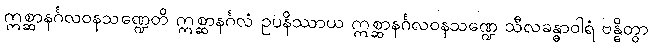
ဣစ္ဆာနင်္ဂလဝနသဏ္ဍေတိ ဣစ္ဆာနင်္ဂလံ ဥပနိဿာယ ဣစ္ဆာနင်္ဂလဝနသဏ္ဍေ သီလခန္ဓာဝါရံ ဗန္ဓိတွာ